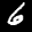
Label: 6